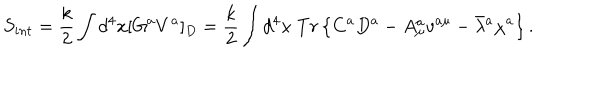
S _ { i n t } = \frac { k } { 2 } \int d ^ { 4 } x [ G ^ { a } V ^ { a } ] _ { D } = \frac { k } { 2 } \int d ^ { 4 } x \; T r \left\{ C ^ { a } D ^ { a } - A _ { \mu } ^ { a } v ^ { a \mu } - \bar { \lambda } { } ^ { a } \chi ^ { a } \right\} .